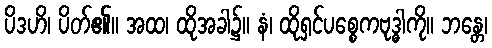
ပိဒဟိ၊ ပိတ်၏။ အထ၊ ထိုအခါ၌။ နံ၊ ထိုရှင်ပစ္စေကဗုဒ္ဓါကို။ ဘန္တေ၊